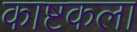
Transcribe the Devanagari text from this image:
काष्टकला